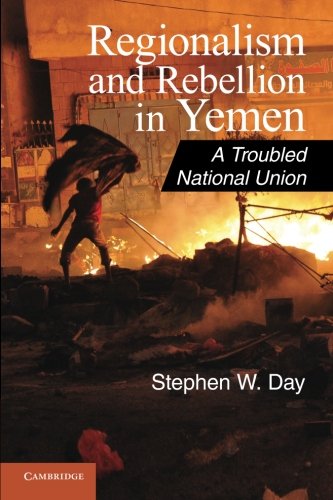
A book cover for Regionalism and Rebellion in Yemen: A Troubled National Union (Cambridge Middle East Studies); Stephen W. Day; History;